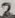
Text: 2